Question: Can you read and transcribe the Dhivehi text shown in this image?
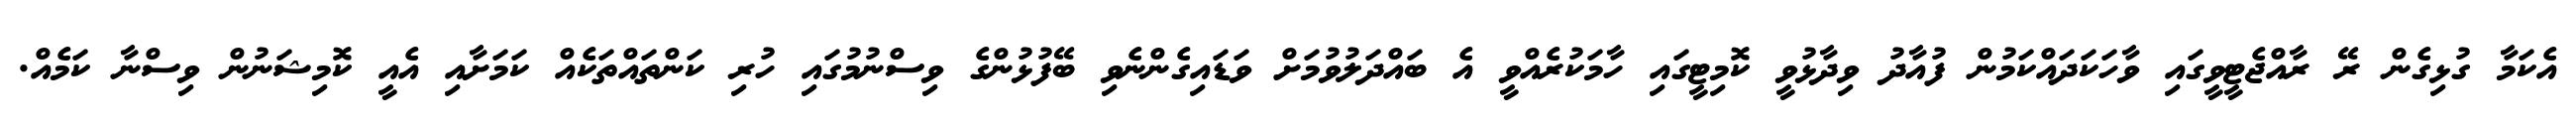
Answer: އެކަމާ ގުޅިގެން ރޭ ރާއްޖެޓީވީގައި ވާހަކަދައްކަމުން ފުއާދު ވިދާޅުވީ ކޮމިޓީގައި ހާމަކުރެއްވީ އެ ބައްދަލުވުމަށް ވަޑައިގެންނެވި ބޭފުޅުންގެ ވިސްނުމުގައި ހުރި ކަންތައްތަކެއް ކަމަށާއި އެއީ ކޮމިޝަނުން ވިސްނާ ކަމެއް.